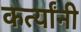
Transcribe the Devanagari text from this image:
कर्त्यांनी